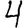
Digit: 4